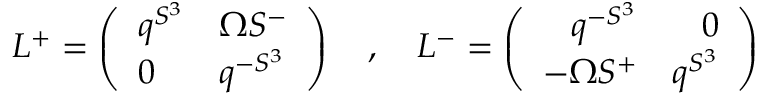
L ^ { + } = \left( \begin{array} { l l } { { q ^ { S ^ { 3 } } } } & { { \Omega S ^ { - } } } \\ { { 0 } } & { { q ^ { - S ^ { 3 } } } } \end{array} \right) \ \ \ , \ \ \ L ^ { - } = \left( \begin{array} { r r } { { q ^ { - S ^ { 3 } } } } & { { 0 } } \\ { { - \Omega S ^ { + } } } & { { q ^ { S ^ { 3 } } } } \end{array} \right)